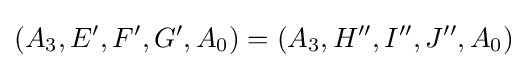
(A_{3},E',F',G',A_{0})=(A_{3},H'',I'',J'',A_{0})